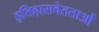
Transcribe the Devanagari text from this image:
इतिहासवेतताओं